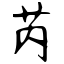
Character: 芮